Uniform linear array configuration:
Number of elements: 16
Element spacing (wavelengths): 1
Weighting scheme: blackman
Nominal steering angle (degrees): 45
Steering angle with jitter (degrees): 44.867
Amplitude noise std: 0.05
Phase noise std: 0.05

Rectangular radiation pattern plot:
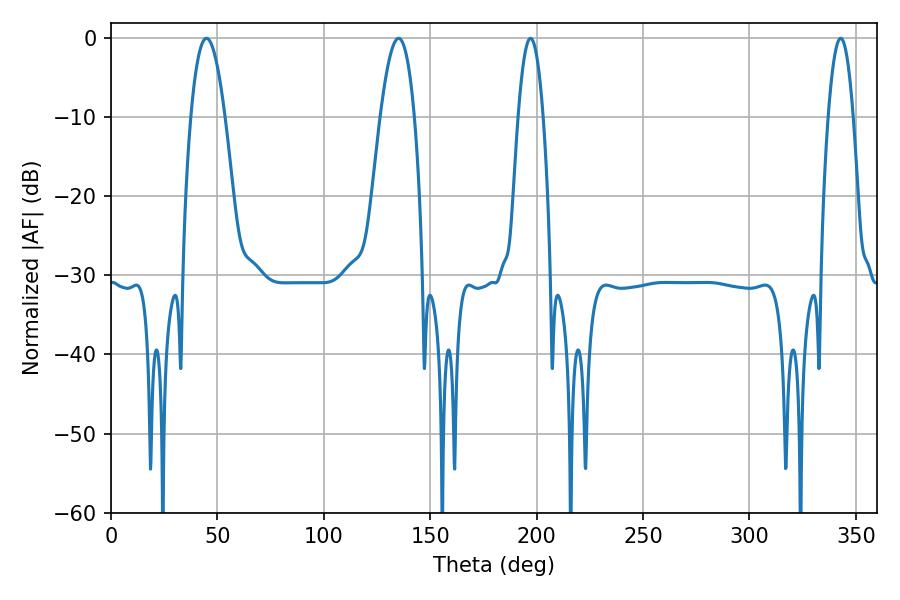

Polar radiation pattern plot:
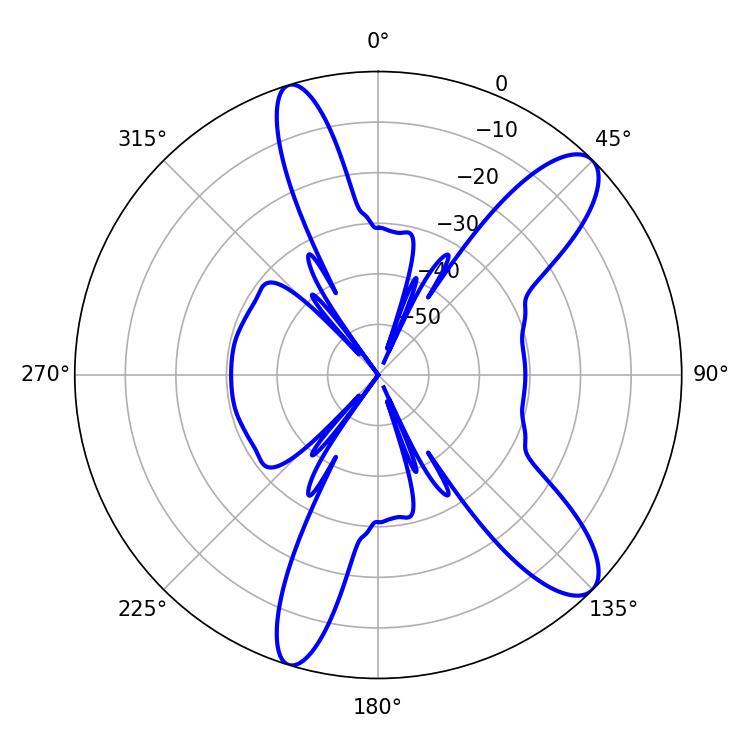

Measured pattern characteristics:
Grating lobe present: TRUE
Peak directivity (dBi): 10.877
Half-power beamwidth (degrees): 6.48
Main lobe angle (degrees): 342.9